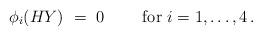
LaTeX: \begin{align*} \phi_i(HY)\ =\ 0\ \qquad\mbox{for } i=1,\dotsc,4\,.\end{align*}